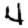
Digit: 4